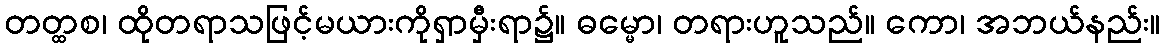
တတ္ထစ၊ ထိုတရာသဖြင့်မယားကိုရှာမှီးရာ၌။ ဓမ္မော၊ တရားဟူသည်။ ကော၊ အဘယ်နည်း။